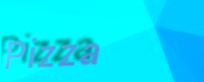
Pizza